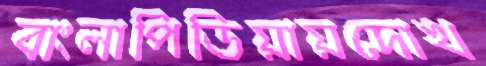
বাংলাপিডিয়ায়দোখ